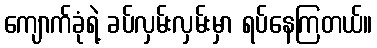
ကျောက်ခုံရဲ့ ခပ်လှမ်းလှမ်းမှာ ရပ်နေကြတယ်။